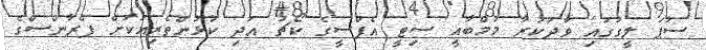
ސުޕަ ލީގުގައި ވާދަކުރާ މުމްބާއީ ސިޓީ އެފްސީގެ ކޯޗު އަދި ކުޅުންތެރިއަކަށް ފްރާންސްގެ